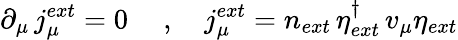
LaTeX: \partial_{\mu}\, j_{\mu}^{ext}=0~\quad,\quad j_{\mu}^{ext}=n_{ext}\, \eta_{ext}^{\dagger}\, v_{\mu}\eta_{ext}